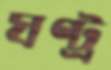
ঘণ্ট